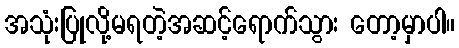
အသုံးပြုလို့မရတဲ့အဆင့်ရောက်သွား တော့မှာပါ။